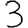
Digit: 3